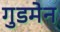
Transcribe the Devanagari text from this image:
गुडमेन